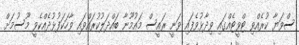
ސްވަޔާ ކުރެއްވި ޓްވީޓެއްގައި ވިދާޅުވެފައި ވަނީ ރައީސް މައުމޫނާ ބައްދަލުކުރައްވައި ވާހަކަފުޅުދެއްކެވީ މޫސުމަށް